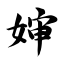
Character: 婶